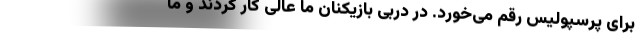
برای پرسپولیس رقم می‌خورد. در دربی بازیکنان ما عالی کار کردند و ما